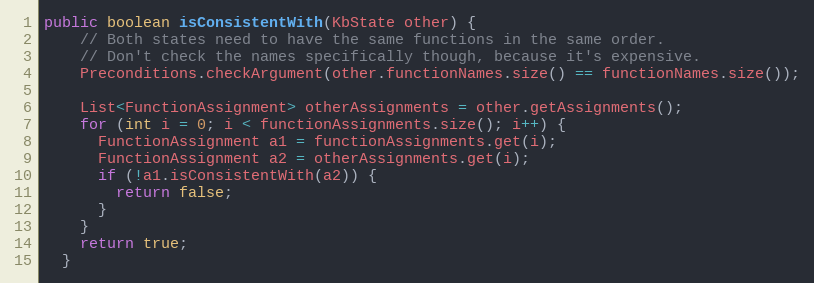
Language: Java
public boolean isConsistentWith(KbState other) {
    // Both states need to have the same functions in the same order.
    // Don't check the names specifically though, because it's expensive.
    Preconditions.checkArgument(other.functionNames.size() == functionNames.size());

    List<FunctionAssignment> otherAssignments = other.getAssignments();
    for (int i = 0; i < functionAssignments.size(); i++) {
      FunctionAssignment a1 = functionAssignments.get(i);
      FunctionAssignment a2 = otherAssignments.get(i);
      if (!a1.isConsistentWith(a2)) {
        return false;
      }
    }
    return true;
  }